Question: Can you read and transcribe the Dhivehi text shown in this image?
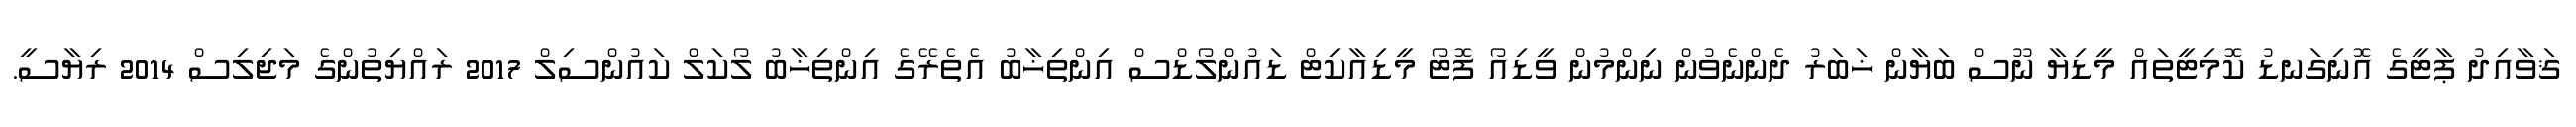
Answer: ޤަވާއިދު ޕާޓީގެ އޮނިގަނޑު ކޮމިޓީތައް މީޑިޔާ ނޫސް ބަޔާން ޚަބަރު ދެންނެވުން ނިންމުން ވީޑިއޯ ފޮޓޯ މީޑިއާކިޓް ޑައުންލޯޑްސް އިންތިޚާބު އެތެރޭގެ އިންތިޚާބު ލޯކަލް ކައުންސިލް 2017 ރައްޔިތުންގެ މަޖިލިސް 2014 ރިޔާސީ.